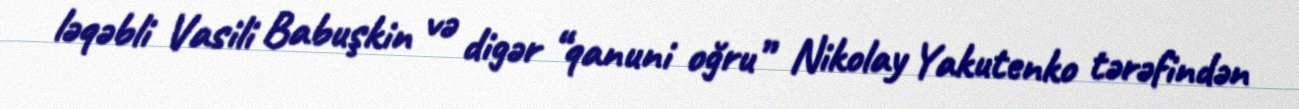
ləqəbli Vasili Babuşkin və digər “qanuni oğru” Nikolay Yakutenko tərəfindən